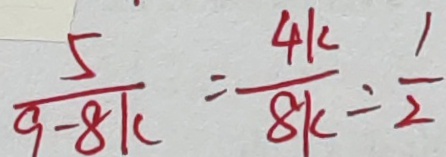
\frac { 5 } { 9 - 8 k } = \frac { 4 k } { 8 k } = \frac { 1 } { 2 }